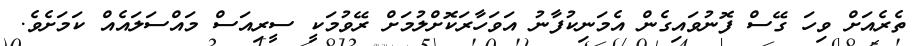
ތެރެއަށް ވިހަ ގޭސް ފޮނުވައިގެން އެމަނިކުފާނު އަވަހާރަކޮށްލުމަށް ރޭވުމަކީ ސީރިއަސް މައްސަލައެއް ކަމަށެވެ.